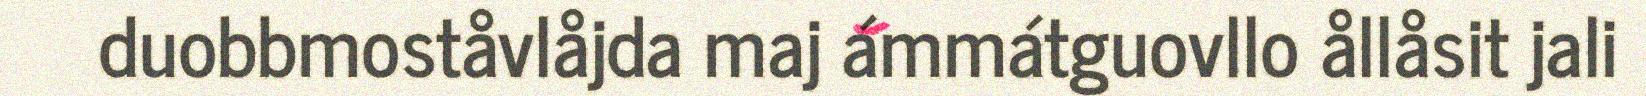
duobbmoståvlåjda maj ámmátguovllo ållåsit jali